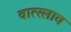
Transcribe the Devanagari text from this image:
वात्स्लाव